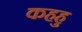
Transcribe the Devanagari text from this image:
कहहु